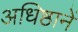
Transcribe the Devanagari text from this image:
अधिष्ठानें